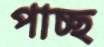
পাচ্ছ